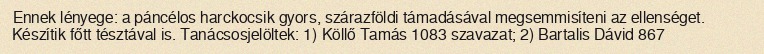
Ennek lényege: a páncélos harckocsik gyors, szárazföldi támadásával megsemmisíteni az ellenséget. Készítik főtt tésztával is. Tanácsosjelöltek: 1) Köllő Tamás 1083 szavazat; 2) Bartalis Dávid 867